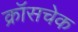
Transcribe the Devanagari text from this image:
क्रॉसचेक